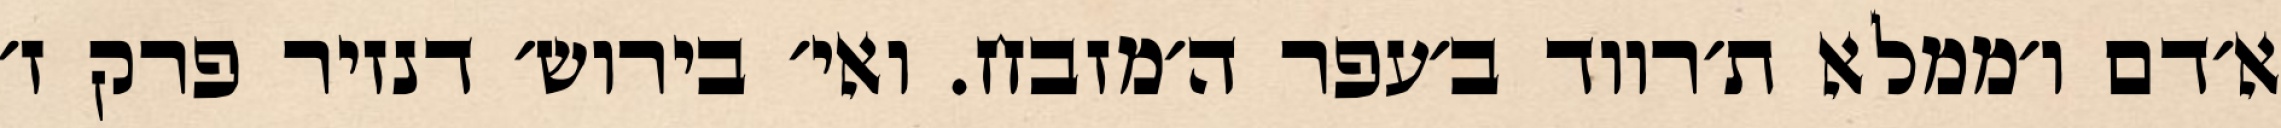
א׳דם ו׳ממלא ת׳רווד ב׳עפר ה׳מזבח. ואי׳ בירוש׳ דנזיר פרק ז׳